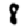
Digit: 8